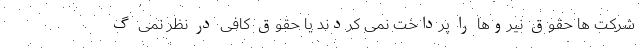
شرکت ها حقوق نیروها را پرداخت نمی کردند یا حقوق کافی در نظر نمی گ